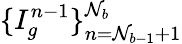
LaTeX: \{ I_{g}^{n-1}\} _{n=\mathcal{N}_{b-1}+1}^{\mathcal{N}_{b}}